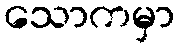
သောကမှာ